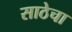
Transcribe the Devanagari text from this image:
साठेचा